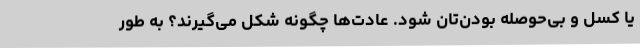
یا کسل و بی‌حوصله بودن‌تان شود. عادت‌ها چگونه شکل‌ می‌گیرند؟ به طور